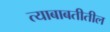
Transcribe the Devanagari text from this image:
त्याबाबतीतील